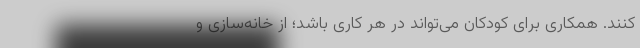
کنند. همکاری برای کودکان می‌تواند در هر کاری باشد؛ از خانه‌سازی و